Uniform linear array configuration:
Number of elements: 48
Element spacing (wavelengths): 0.25
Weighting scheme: uniform
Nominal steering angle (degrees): -45
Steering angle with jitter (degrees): -45.757
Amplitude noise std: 0.05
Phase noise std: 0.05

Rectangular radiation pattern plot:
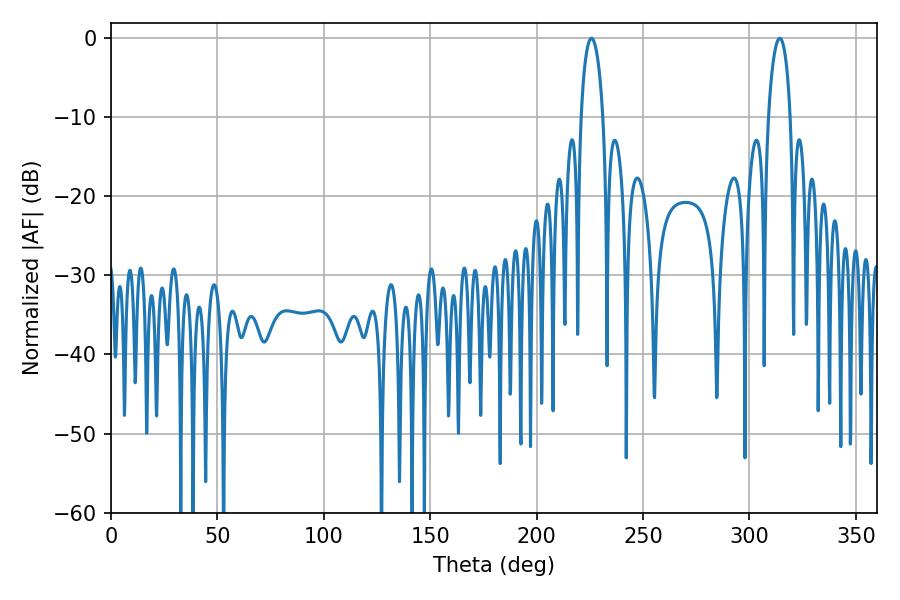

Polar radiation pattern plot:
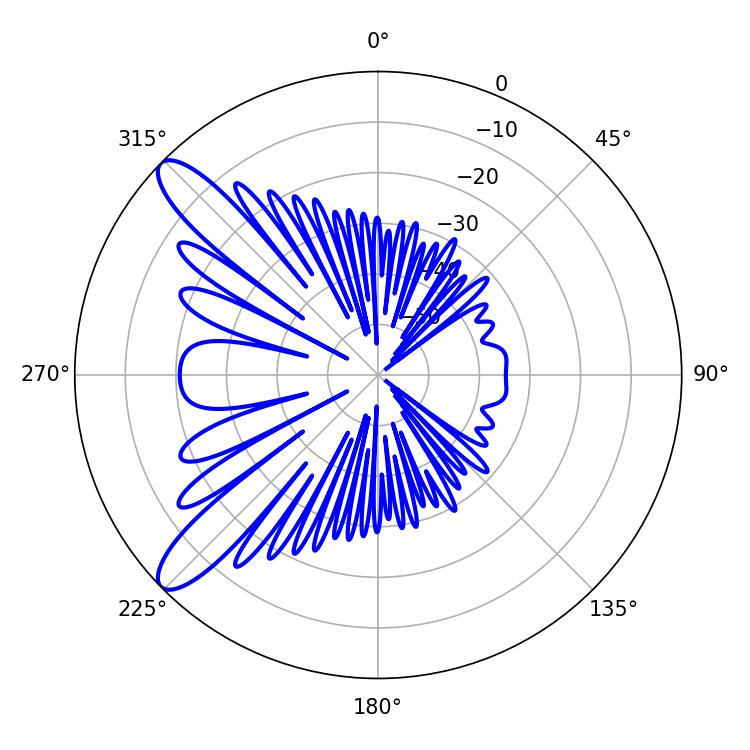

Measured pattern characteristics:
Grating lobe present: FALSE
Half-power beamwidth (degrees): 5.94
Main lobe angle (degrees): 225.72